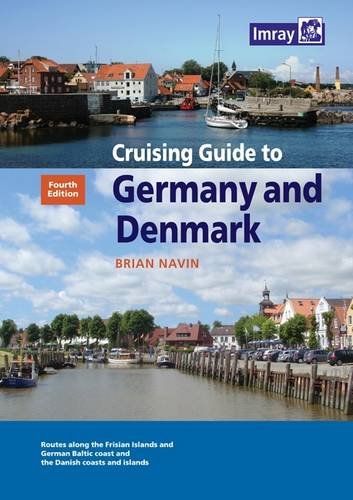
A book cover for Cruising Guide to Germany and Denmark; Brian Navin; Travel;